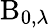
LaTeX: \operatorname{B}_{0,\lambda}